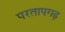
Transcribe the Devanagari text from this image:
परतापगढ़